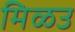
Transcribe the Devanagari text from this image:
मिळउ